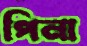
পিনা